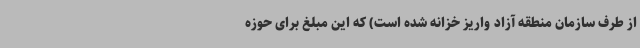
از طرف سازمان منطقه آزاد واریز خزانه شده است) که این مبلغ برای حوزه